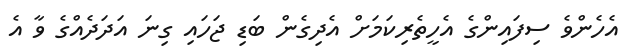
އެހެންވެ ސިފައިންގެ އެހީތެރިކަމަށް އެދިގެން ބަޑި ޖަހައި ގިނަ އަދަދެއްގެ ވާ އެ